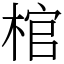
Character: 棺